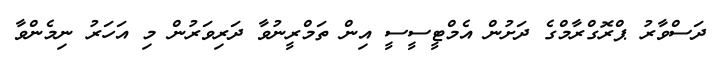
ދަސްވާރު ޕްރޮގްރާމްގެ ދަށުން އެމްޓީސީސީ އިން ތަމްރީނުވާ ދަރިވަރުން މި އަހަރު ނިމެންވާ